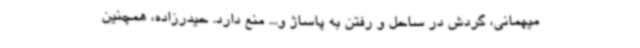
میهمانی، گردش در ساحل و رفتن به پاساژ و... منع دارد. حیدرزاده، همچنین